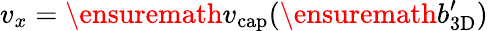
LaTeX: v_{x}=\ensuremath{v_{\mathrm{cap}}}(\ensuremath{b_{\mathrm{3D}}^{\prime}})